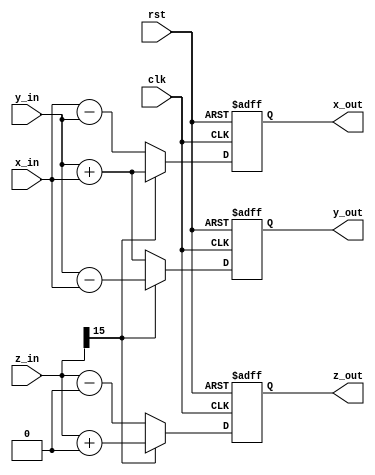
`timescale 1ns/100ps
module cordic_cell #(parameter SITA=0,N=0)
(
	input	clk, rst,
	input signed  [15:0] x_in,y_in,z_in,
	output signed [15:0] x_out,y_out,z_out
);

	reg signed [15:0] x_reg,y_reg,z_reg,x_next,y_next,z_next;
	
	always @ (posedge clk, posedge rst) 
	begin
		if (rst)
		begin
			x_reg <= 0;
			y_reg <= 0;
			z_reg <= 0;
		end
		else
		begin
			x_reg <= x_next;
			y_reg <= y_next;
			z_reg <= z_next;
		end	
	end

	always @ (*)
	begin
		if (z_in[15]==1'b0)
		begin
			x_next = x_in - (y_in >>> N);
			y_next = y_in + (x_in >>> N);
			z_next = z_in - SITA;
		end
		else
		begin
			x_next = x_in + (y_in >>> N);
			y_next = y_in - (x_in >>> N);
			z_next = z_in + SITA;
		end
	end
 
	assign x_out = x_reg;
	assign y_out = y_reg;
	assign z_out = z_reg;
	
endmodule